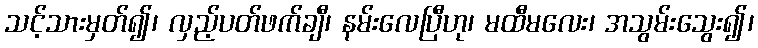
သင့်သားမှတ်၍၊ လှည့်ပတ်ဖက်ချီ၊ နမ်းလေပြီဟု၊ မထီမလေး၊ အသွမ်းသွေး၍၊